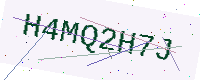
Text: H4MQ2H7J